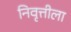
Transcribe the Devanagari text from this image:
निवृत्तीला